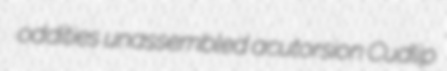
oddities unassembled acutorsion Cudlip